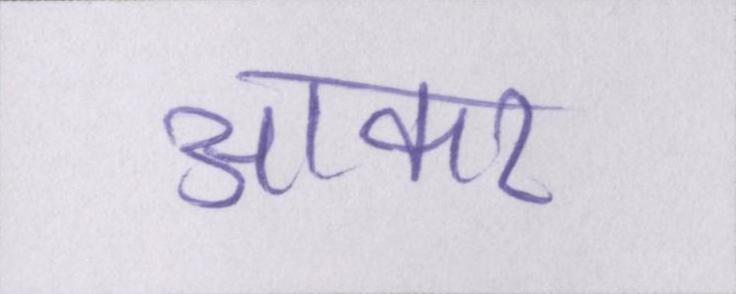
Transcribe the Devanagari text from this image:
आकर